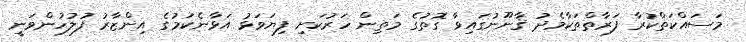
މަސައްކަތްކުރާ ފަރާތްތަކާމެދު ޤާނޫނުގައިވާ ގޮތުގެ މަތިން ހަރުކަށި ފިޔަވަޅު އަޅާނެކަމުގެ އިންޒާރު ފުލުހުންވަނީ